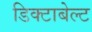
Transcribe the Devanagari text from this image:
डिक्टाबेल्ट